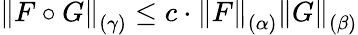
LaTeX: \left\| F\circ G\right\| _{(\gamma)}\leq c\cdot\left\| F\right\| _{(\alpha)}\left\| G\right\| _{(\beta)}